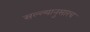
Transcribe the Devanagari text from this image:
सल्ल्यानुसारच